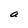
Character: a